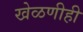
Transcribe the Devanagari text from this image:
खेळणीही